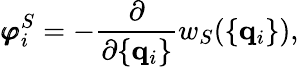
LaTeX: {\pmb\varphi}_{i}^{S}=-\frac{\partial}{\partial\{ {\mathbf q}_{i}\} }w_{S}(\{ {\mathbf q}_{i}\} ),